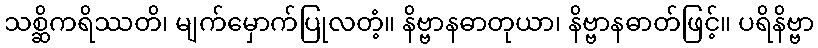
သစ္ဆိကရိဿတိ၊ မျက်မှောက်ပြုလတံ့။ နိဗ္ဗာနဓာတုယာ၊ နိဗ္ဗာနဓာတ်ဖြင့်။ ပရိနိဗ္ဗာ